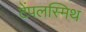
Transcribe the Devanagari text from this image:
टेंपलस्मिथ